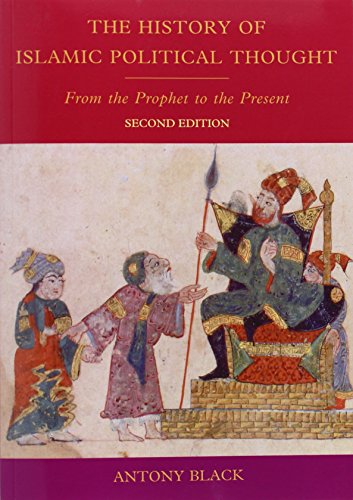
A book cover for The History of Islamic Political Thought, Second Edition: The History of Islamic Political Thought: From the Prophet to the Present; Antony Black; Religion & Spirituality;